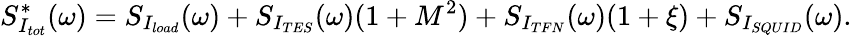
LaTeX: S_{I_{tot}}^{\mathrm{*}}(\omega)=S_{I_{load}}(\omega)+S_{I_{TES}}(\omega)(1+M^{2})+S_{I_{TFN}}(\omega)(1+\xi)+S_{I_{SQUID}}(\omega).